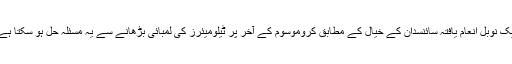
ایک نوبل انعام یافتہ سائنسدان کے خیال کے مطابق کروموسوم کے آخر پر ٹیلومیئرز کی لمبائی بڑھانے سے یہ مسئلہ حل ہو سکتا ہے۔